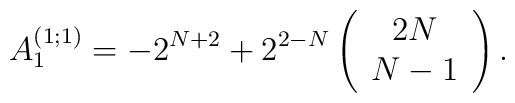
A^{(1;1)}_{1} = -2^{N+2}+2^{2-N} \left( \begin{array}{c}                                                              2N \\ N-1                                          \end{array} \right).